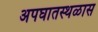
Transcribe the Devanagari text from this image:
अपघातस्थळास